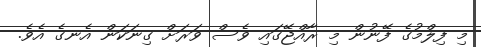
މި ފިލްމުގެ ފޭނުން މި ރާއްޖޭގައި ވެސް ވަރަށް ގިނަކަން އެނގެ އެވެ.